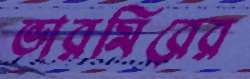
ভারমিরের